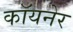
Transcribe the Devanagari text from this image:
कॉयनेर